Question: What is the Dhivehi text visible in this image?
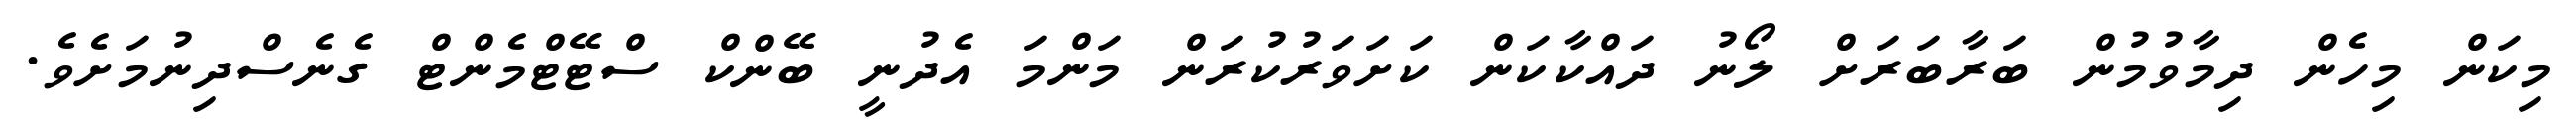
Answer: މިކަން މިހެން ދިމާވުމުން ބަރާބަރަށް ލޯނު ދައްކާކަން ކަށަވަރުކުރަން މަންމަ އެދުނީ ބޭންކް ސްޓޭޓްމެންޓް ގެނެސްދިނުމަށެވެ.